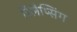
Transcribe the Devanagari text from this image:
रिलैप्सिंग